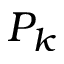
P _ { k }